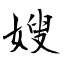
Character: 嫂